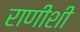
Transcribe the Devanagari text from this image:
राणीशी